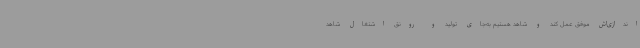
‌اندازی‌اش موفق عمل کند و شاهد هستیم به‌جای تولید و رونق اشتغال شاهد